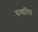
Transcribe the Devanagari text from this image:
सन्धानित